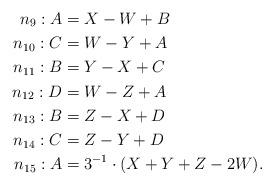
LaTeX: \begin{align*}n_{ 9}: A &= X - W + B\\n_{10}: C &= W - Y + A\\n_{11}: B &= Y - X + C\\n_{12}: D &= W - Z + A\\n_{13}: B &= Z - X + D\\n_{14}: C &= Z - Y + D\\n_{15}: A &= 3^{-1} \cdot ( X + Y + Z - 2W ).\end{align*}